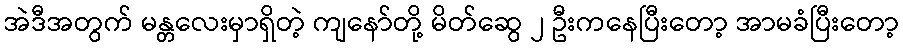
အဲဒီအတွက် မန္တလေးမှာရှိတဲ့ ကျနော်တို့ မိတ်ဆွေ ၂ ဦးကနေပြီးတော့ အာမခံပြီးတော့